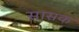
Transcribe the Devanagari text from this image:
सासक